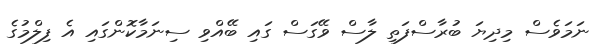
ނަމަވެސް މިދިޔަ ބުރާސްފަތި ލާސް ވޭގަސް ގައި ބޭއްވި ސިނަމާކޮންގައި އެ ފިލްމުގެ